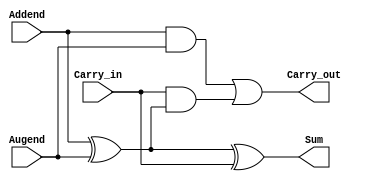
     module full_adder (Sum, Carry_out, Addend, Augend, Carry_in);
     output Sum;
     output Carry_out;
     input Addend,Augend;
    	input Carry_in;
     wire w1,w2,w3;
     xor (w1,Addend,Augend);
     xor (Sum,w1,Carry_in);
     and (w2,Addend,Augend);
    	and (w3,Carry_in,w1);
    	or (Carry_out,w2,w3);
    	endmodule
    	module binary_adder(Sum, Carry_out, Addend, Augend, Carry_in);
    	output[3:0] Sum;
    	output Carry_out;
    	input[3:0] Addend,Augend;
    	input Carry_in;
    wire w1,w2,w3;
    full_adder FA0 (Sum[0],w1,Addend[0],Augend[0],Carry_in);
    full_adder FA1 (Sum[1],w2,Addend[1],Augend[1],w1);
    full_adder FA2 (Sum[2],w3,Addend[2],Augend[2],w2);
    full_adder FA3 (Sum[3],Carry_out,Addend[3],Augend[3],w3);
    endmodule
    module BCD_Adder(Sum, Carry_out, Addend, Augend, Carry_in);
    output[3:0] Sum;
    output Carry_out;
    input[3:0] Addend,Augend;
    input Carry_in;
    wire w1,w2,w3,w4,w5,w6,w7;
    wire[3:0] Z;
    and (w4,Z[2],Z[3]);
    and (w5,Z[1],Z[3]);
    or (Carry_out,w4,w5,w6);
    wire[3:0] X;
    assign X[0] = 0;
    assign X[1] = Carry_out;
    assign X[2] = Carry_out;
    assign X[3] = 0;
    wire W;
    assign W =0;
    wire Y;
    assign Y =0;
    binary_adder B_1(Z,w6,Addend,Augend,Carry_in);
    binary_adder B_2(Sum,W,X,Z,Y);
    endmodule